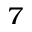
^ { 7 }